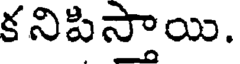
కనిపిస్తాయి.